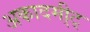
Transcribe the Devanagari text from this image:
अकादमी्ट्